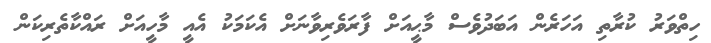
ހިތްވަރު ކުރާތި އަހަރެން އަބަދުވެސް މާޙީއަށް ފާރަވެރިވާނަށް އެކަމަކު އެއީ މާހީއަށް ރައްކާތެރިކަން